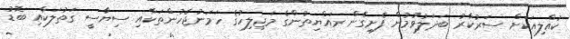
ކުއްލިއަކަށް ސަރުކާރު ބަދަލުވުމުން ފެށިގެން ރައްޔިތުންގެ މަޖިލިހުގެ ހަމަނުޖެހުންތަކާއި ސިޔާސީ ގަތުލަކާއި ބޮޑު